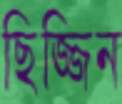
ছিজ্জিন